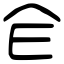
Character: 仺